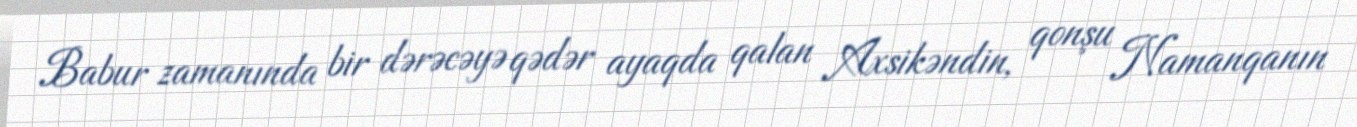
Babur zamanında bir dərəcəyə qədər ayaqda qalan Axsikəndin, qonşu Namanqanın